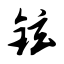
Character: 铉